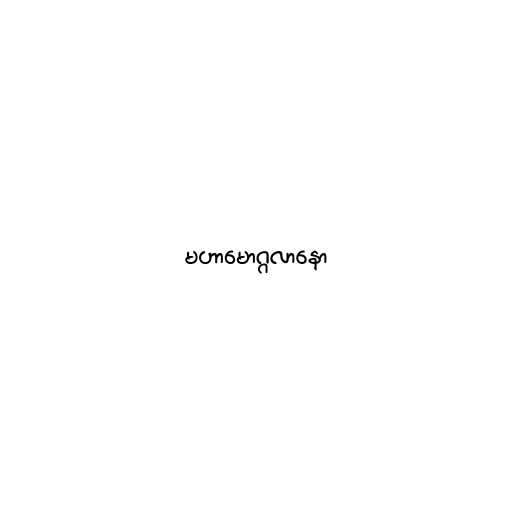
မဟာမောဂ္ဂလာနော